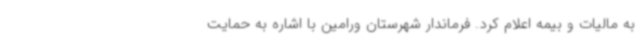
به مالیات و بیمه اعلام کرد. فرماندار شهرستان ورامین با اشاره به حمایت